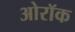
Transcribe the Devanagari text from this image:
ओरॉक